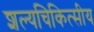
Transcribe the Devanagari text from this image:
शल्यचिकित्सीय